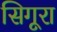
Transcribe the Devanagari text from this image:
सिगूरा